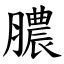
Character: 膿